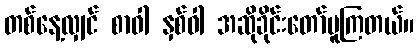
တစ်နေ့လျှင် စာဝါ နှစ်ဝါ အဆိုခိုင်းတော်မူကြတယ်။